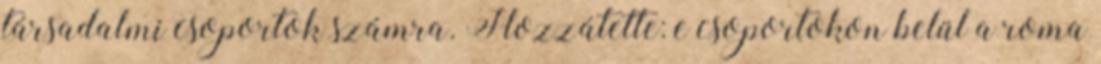
társadalmi csoportok számra. Hozzátette: e csoportokon belül a roma